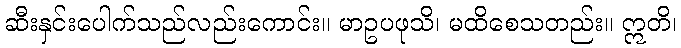
ဆီးနှင်းပေါက်သည်လည်းကောင်း။ မာဥပဖုသိ၊ မထိစေသတည်း။ ဣတိ၊